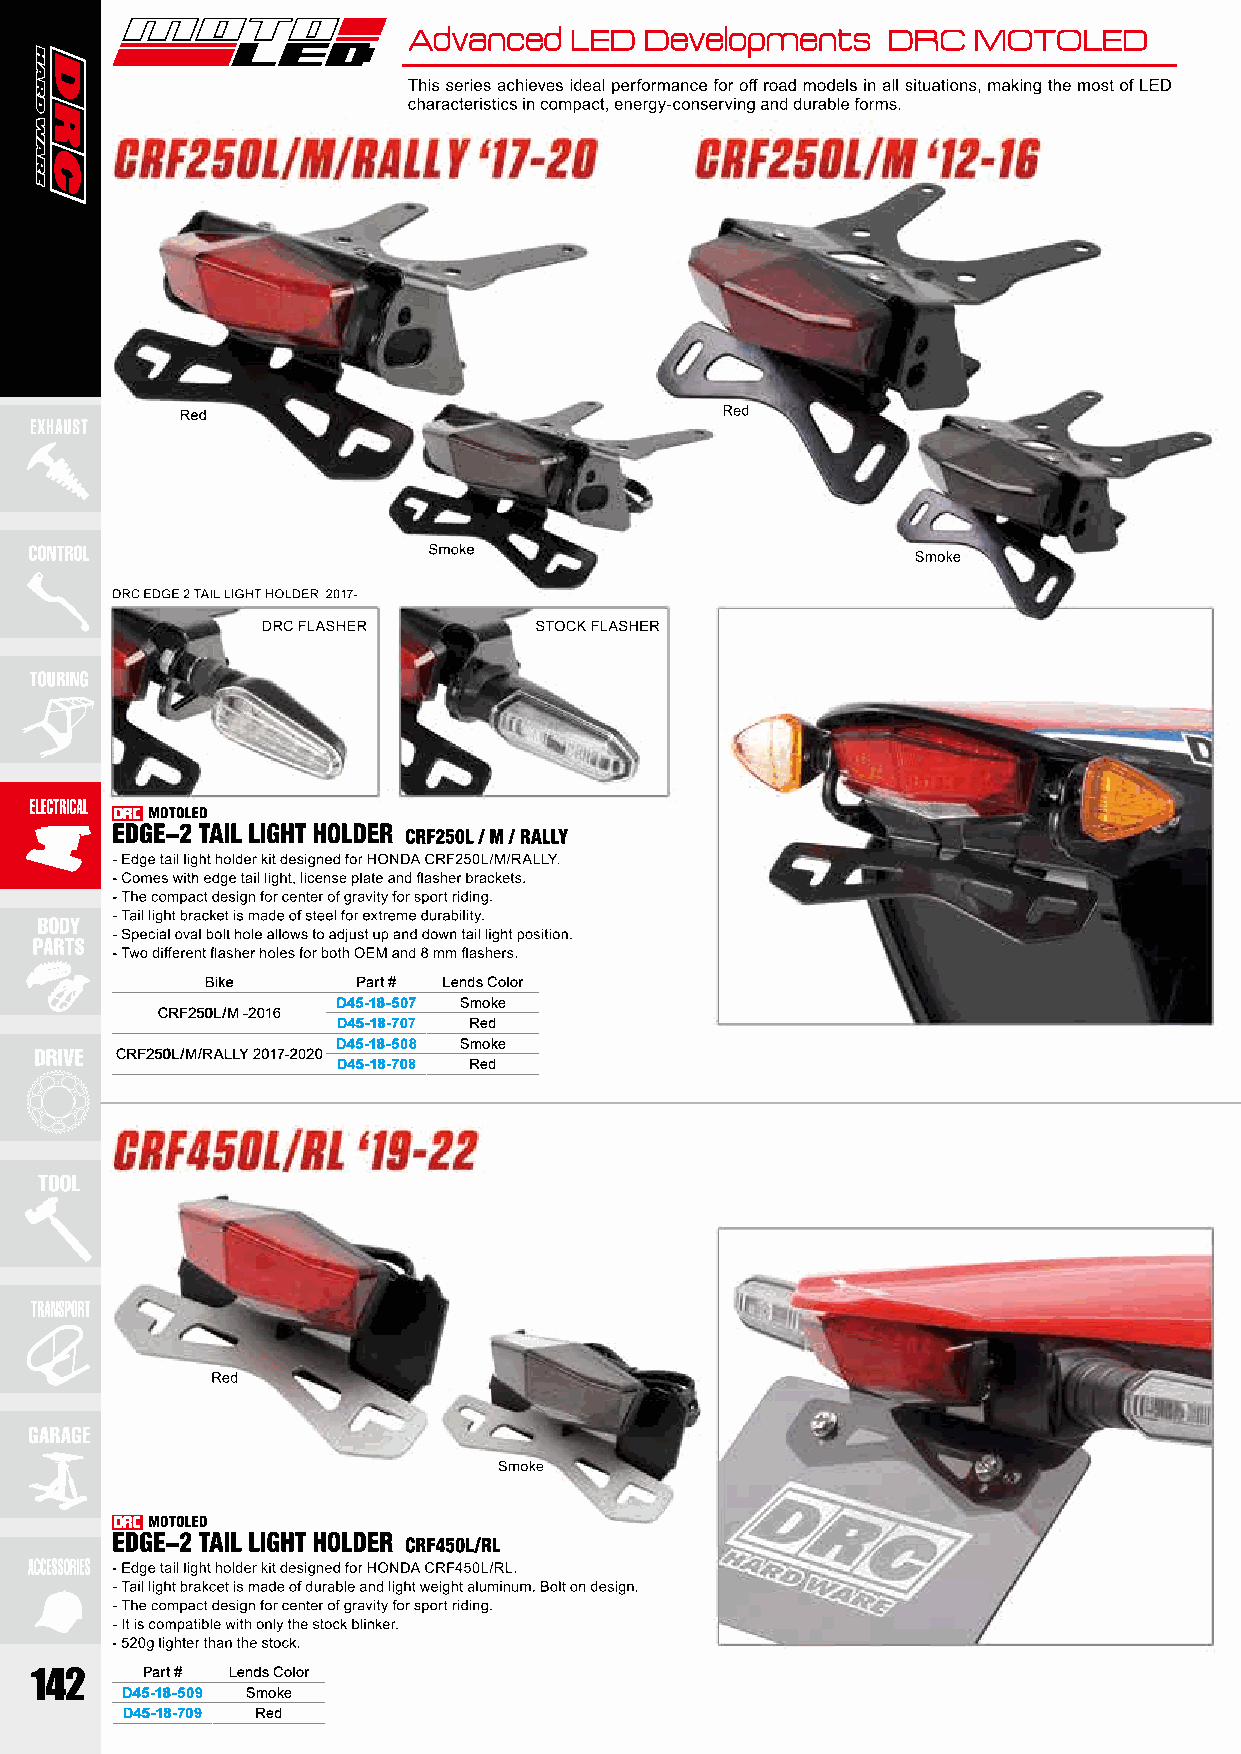
Bike      Part # Lends Color
 D45-18-507 Smoke
 CRF250L/M -2016
 D45-18-707 Red
 D45-18-508 Smoke
 CRF250L/M/RALLY 2017-2020
 D45-18-708 Red
 Part # Lends Color
 D45-18-509 Smoke
 D45-18-709 Red